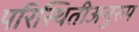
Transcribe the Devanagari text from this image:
परिस्थितीअनुरुप